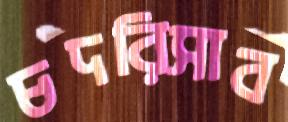
চদরিসাব